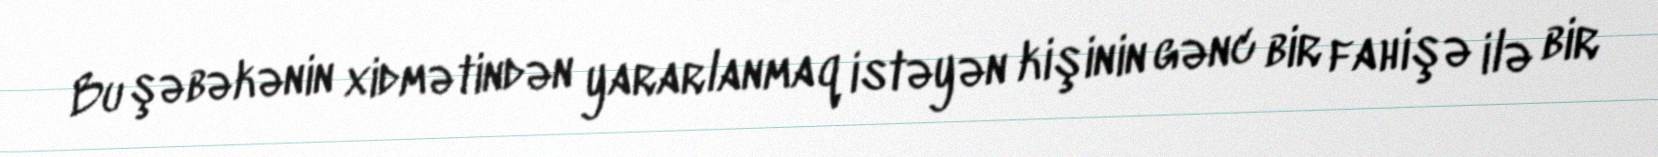
Bu şəbəkənin xidmətindən yararlanmaq istəyən kişinin gənc bir fahişə ilə bir